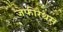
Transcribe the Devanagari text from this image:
जेफीरैथस